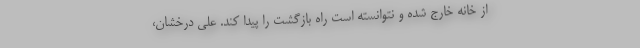
از خانه خارج شده و نتوانسته است راه بازگشت را پیدا کند. علی درخشان،